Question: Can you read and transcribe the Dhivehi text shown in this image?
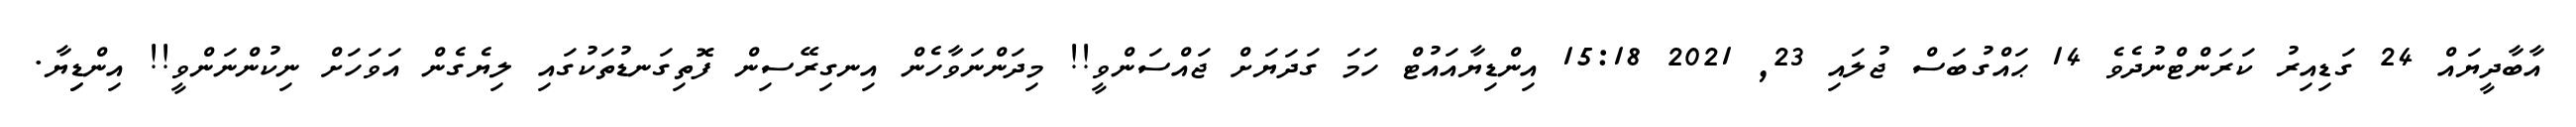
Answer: އާބާދީޔައް 24 ގަޑިއިރު ކަރަންޓްނުދެވެ 14 ޙައްގުބަސް ޖުލައި 23, 2021 15:18 އިންޑިޔާއައުޓް ހަމަ ގަދަޔަށް ޖައްސަންވީ!! މިދަންނަވާހެން އިނގިރޭސިން ފޮތިގަނޑުތަކުގައި ލިޔެގެން އަވަހަށް ނިކުންނަންވީ!! އިންޑިިޔާ.